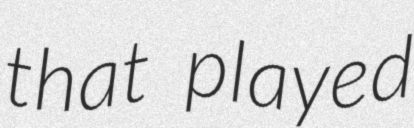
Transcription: that played